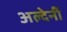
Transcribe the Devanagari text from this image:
अल्देर्नी